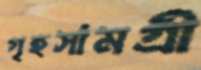
গৃহসামগ্রী